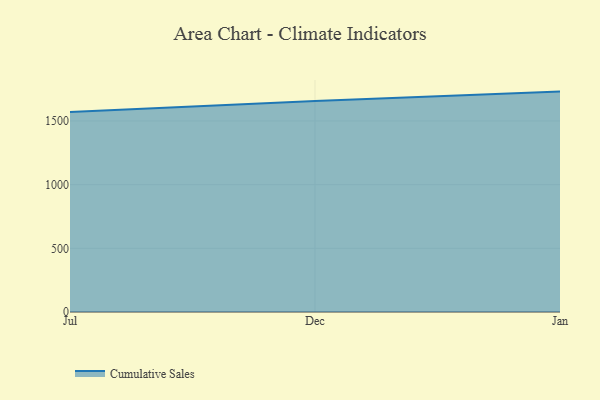
{"axis": {"x": "Month", "y": "Satisfaction Score"}, "legend": ["Cumulative Sales"], "data": [{"x": "Jul", "y": 1571.2, "type": "Cumulative Sales"}, {"x": "Dec", "y": 1656.8, "type": "Cumulative Sales"}, {"x": "Jan", "y": 1730.6, "type": "Cumulative Sales"}]}